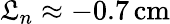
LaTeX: \mathfrak{L}_{n}\approx-0.7\, \mathrm{{cm}}